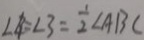
\angle 4 = \angle 3 = \frac { 1 } { 2 } \angle A B C